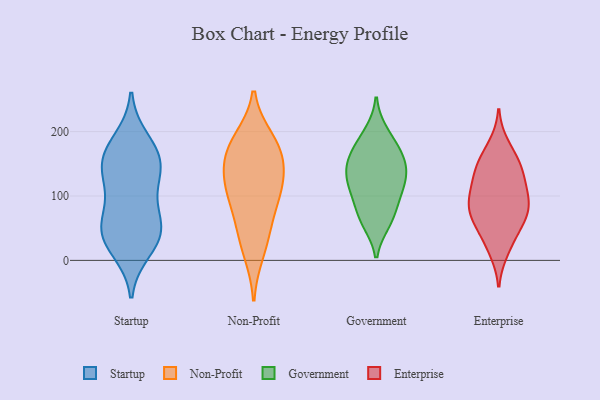
{"axis": {"x": "Temperature (°C)", "y": "Value"}, "legend": ["Enterprise", "Government", "Non-Profit", "Startup"], "data": [{"x": "", "y": 63, "type": "Startup"}, {"x": "", "y": 155, "type": "Startup"}, {"x": "", "y": 46, "type": "Startup"}, {"x": "", "y": 17, "type": "Startup"}, {"x": "", "y": 162, "type": "Startup"}, {"x": "", "y": 31, "type": "Startup"}, {"x": "", "y": 119, "type": "Startup"}, {"x": "", "y": 186, "type": "Startup"}, {"x": "", "y": 52, "type": "Startup"}, {"x": "", "y": 46, "type": "Startup"}, {"x": "", "y": 145, "type": "Startup"}, {"x": "", "y": 108, "type": "Startup"}, {"x": "", "y": 160, "type": "Startup"}, {"x": "", "y": 66, "type": "Non-Profit"}, {"x": "", "y": 135, "type": "Non-Profit"}, {"x": "", "y": 107, "type": "Non-Profit"}, {"x": "", "y": 162, "type": "Non-Profit"}, {"x": "", "y": 42, "type": "Non-Profit"}, {"x": "", "y": 166, "type": "Non-Profit"}, {"x": "", "y": 114, "type": "Non-Profit"}, {"x": "", "y": 187, "type": "Non-Profit"}, {"x": "", "y": 180, "type": "Non-Profit"}, {"x": "", "y": 13, "type": "Non-Profit"}, {"x": "", "y": 108, "type": "Non-Profit"}, {"x": "", "y": 198, "type": "Government"}, {"x": "", "y": 113, "type": "Government"}, {"x": "", "y": 146, "type": "Government"}, {"x": "", "y": 64, "type": "Government"}, {"x": "", "y": 122, "type": "Government"}, {"x": "", "y": 60, "type": "Government"}, {"x": "", "y": 184, "type": "Government"}, {"x": "", "y": 105, "type": "Government"}, {"x": "", "y": 76, "type": "Government"}, {"x": "", "y": 121, "type": "Government"}, {"x": "", "y": 163, "type": "Government"}, {"x": "", "y": 153, "type": "Government"}, {"x": "", "y": 154, "type": "Government"}, {"x": "", "y": 16, "type": "Enterprise"}, {"x": "", "y": 138, "type": "Enterprise"}, {"x": "", "y": 98, "type": "Enterprise"}, {"x": "", "y": 119, "type": "Enterprise"}, {"x": "", "y": 69, "type": "Enterprise"}, {"x": "", "y": 69, "type": "Enterprise"}, {"x": "", "y": 146, "type": "Enterprise"}, {"x": "", "y": 139, "type": "Enterprise"}, {"x": "", "y": 102, "type": "Enterprise"}, {"x": "", "y": 52, "type": "Enterprise"}, {"x": "", "y": 96, "type": "Enterprise"}, {"x": "", "y": 178, "type": "Enterprise"}, {"x": "", "y": 71, "type": "Enterprise"}, {"x": "", "y": 159, "type": "Enterprise"}, {"x": "", "y": 28, "type": "Enterprise"}, {"x": "", "y": 80, "type": "Enterprise"}]}